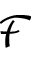
\mathcal { F }